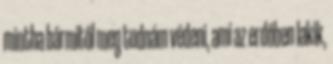
mintha bármitől meg tudnám védeni, ami az erdőben lakik,